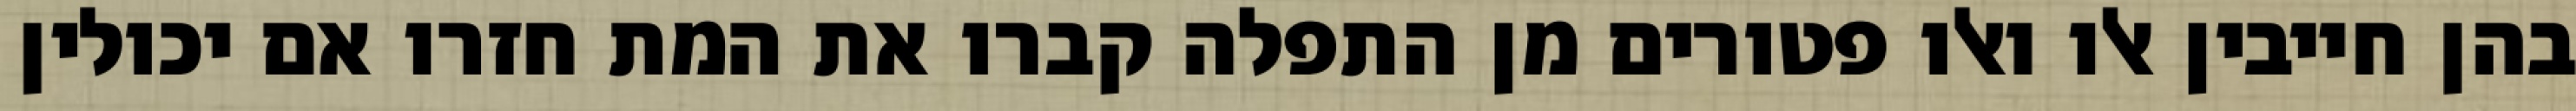
בהן חייבין אלו ואלו פטורים מן התפלה קברו את המת חזרו אם יכולין